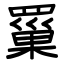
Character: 罺